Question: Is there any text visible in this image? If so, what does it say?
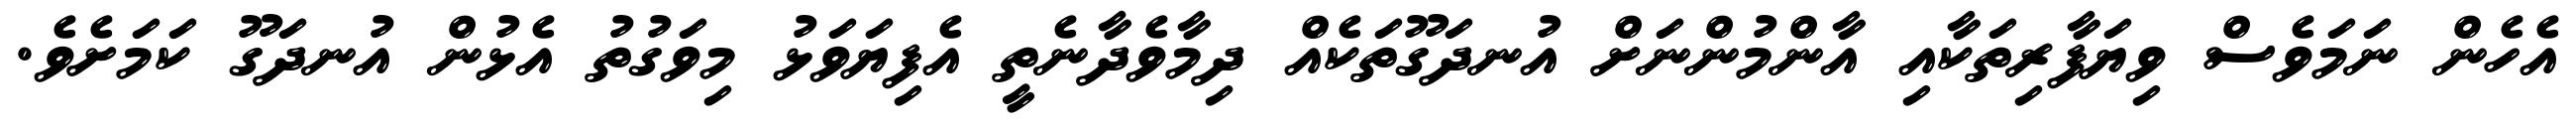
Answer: އެހެން ނަމަވެސް ވިޔަފާރިތަކާއި އާންމުންނަށް އުނދަގޫތަކެއް ދިމާވެދާނެތީ އެފިޔަވަޅު މިވަގުތު އެޅުން އުނދަގޫ ކަމަށެވެ.